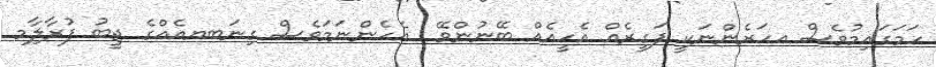
ހަމަގައިމުވެސް އހަރެންނަކީ ފަގީރެއް އެހީއެއް ބޭނުންވޭ  އެހެންނަމަވެސް ގިނަބޔއެއްގެ ޖީބު ފުރާލިާމ